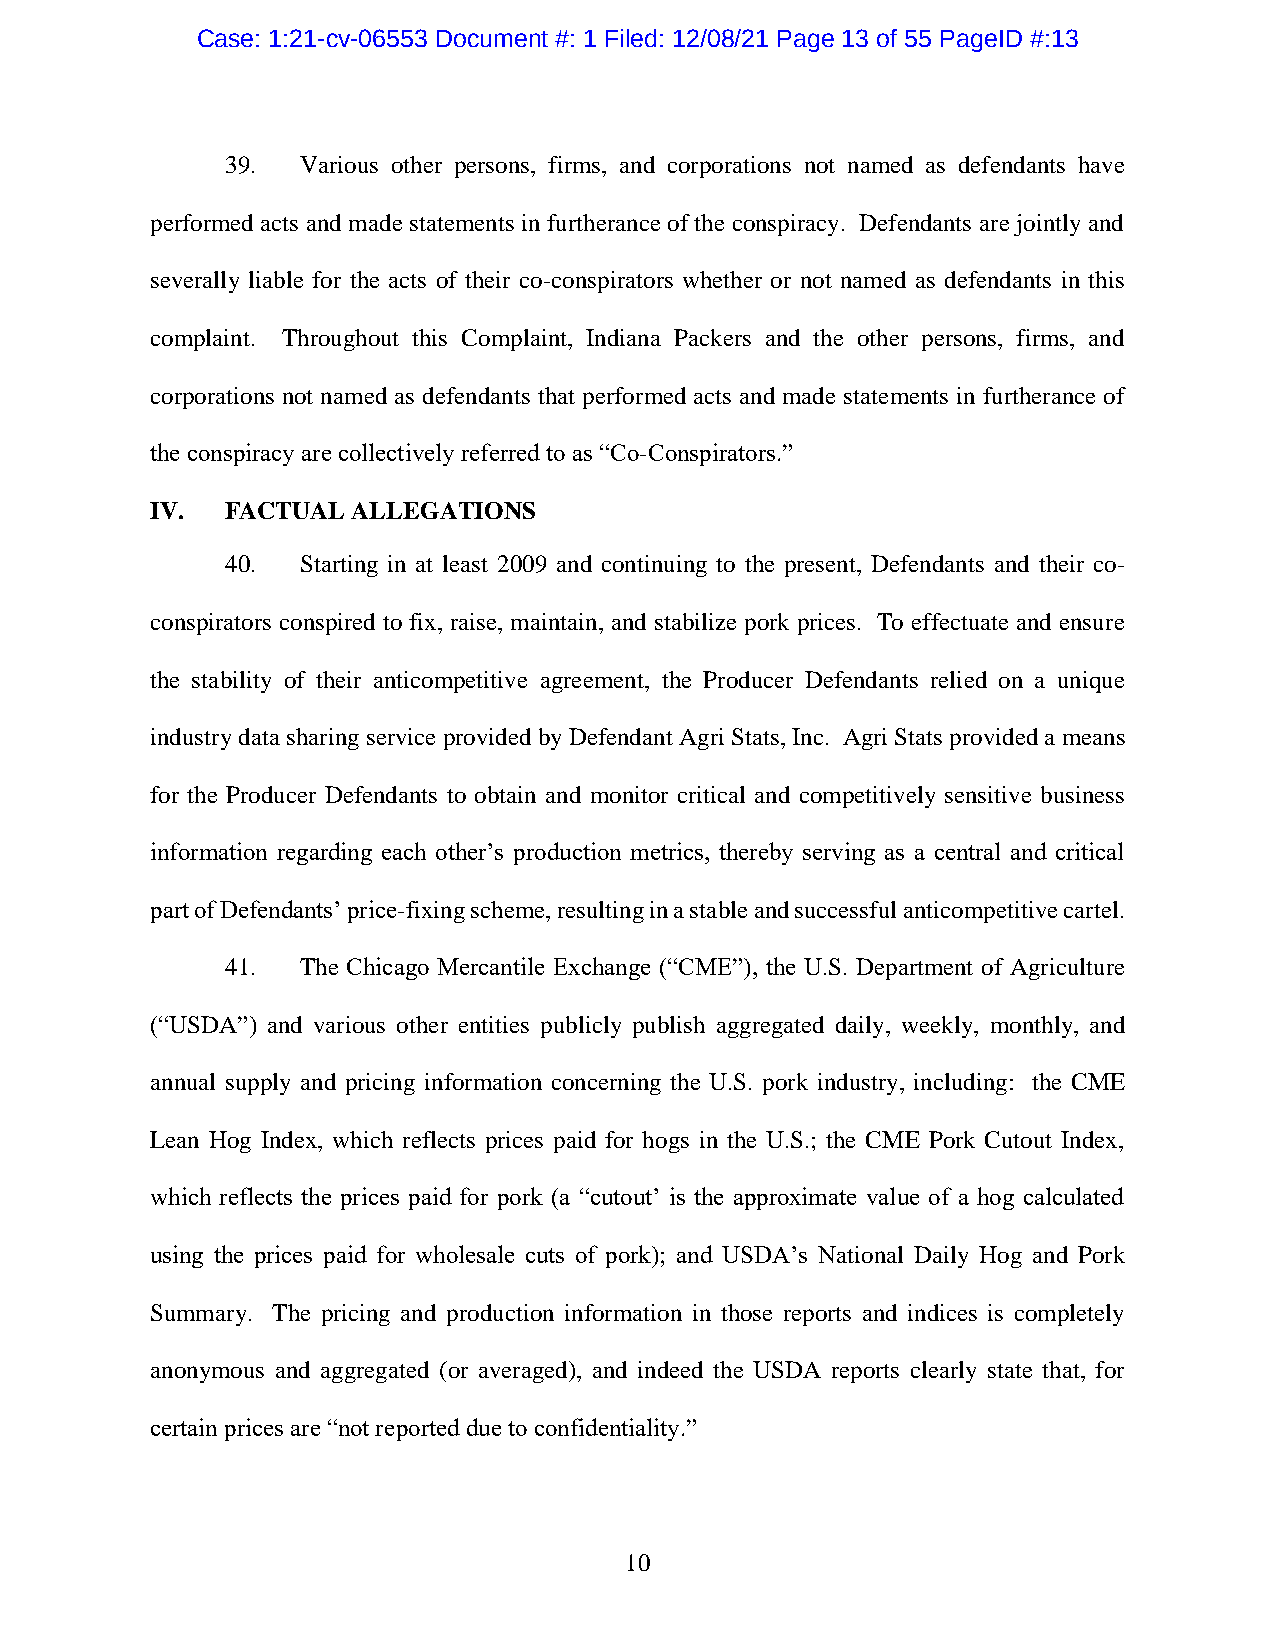
Case: 1:21-cv-06553 Document #: 1 Filed: 12/08/21 Page 13 of 55 PageID #:13
 39.  Various other persons, firms, and corporations not named as defendants have
 performed acts and made statements in furtherance of the conspiracy. Defendants are jointly and
 severally liable for the acts of their co-conspirators whether or not named as defendants in this
 complaint. Throughout this Complaint, Indiana Packers and the other persons, firms, and
 corporations not named as defendants that performed acts and made statements in furtherance of
 the conspiracy are collectively referred to as “Co-Conspirators.”
 IV.  FACTUAL ALLEGATIONS
 40.  Starting in at least 2009 and continuing to the present, Defendants and their co-
 conspirators conspired to fix, raise, maintain, and stabilize pork prices. To effectuate and ensure
 the stability of their anticompetitive agreement, the Producer Defendants relied on a unique
 industry data sharing service provided by Defendant Agri Stats, Inc. Agri Stats provided a means
 for the Producer Defendants to obtain and monitor critical and competitively sensitive business
 information regarding each other’s production metrics, thereby serving as a central and critical
 part of Defendants’ price-fixing scheme, resulting in a stable and successful anticompetitive cartel.
 41.  The Chicago Mercantile Exchange (“CME”), the U.S. Department of Agriculture
 (“USDA”) and various other entities publicly publish aggregated daily, weekly, monthly, and
 annual supply and pricing information concerning the U.S. pork industry, including: the CME
 Lean Hog Index, which reflects prices paid for hogs in the U.S.; the CME Pork Cutout Index,
 which reflects the prices paid for pork (a “cutout’ is the approximate value of a hog calculated
 using the prices paid for wholesale cuts of pork); and USDA’s National Daily Hog and Pork
 Summary. The pricing and production information in those reports and indices is completely
 anonymous and aggregated (or averaged), and indeed the USDA reports clearly state that, for
 certain prices are “not reported due to confidentiality.”
 10